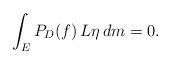
LaTeX: \begin{align*}\int_E P_D(f)\,L\eta\,dm =0.\end{align*}